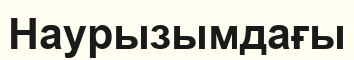
Наурызымдағы